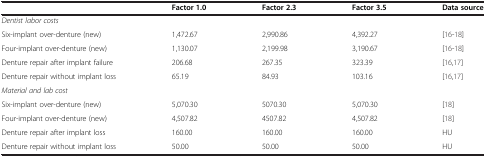
<table><thead><tr><td><b> </b></td><td><b>Factor 1.0</b></td><td><b>Factor 2.3</b></td><td><b>Factor 3.5</b></td><td><b>Data source</b></td></tr></thead><tbody><tr><td><i>Dentist labor costs</i></td><td> </td><td> </td><td> </td><td> </td></tr><tr><td>Six-implant over-denture (new)</td><td>1,472.67</td><td>2,990.86</td><td>4,392.27</td><td>[16-18]</td></tr><tr><td>Four-implant over-denture (new)</td><td>1,130.07</td><td>2,199.98</td><td>3,190.67</td><td>[16-18]</td></tr><tr><td>Denture repair after implant failure</td><td>206.68</td><td>267.35</td><td>323.39</td><td>[16,17]</td></tr><tr><td>Denture repair without implant loss</td><td>65.19</td><td>84.93</td><td>103.16</td><td>[16,17]</td></tr><tr><td><i>Material and lab cost</i></td><td> </td><td> </td><td> </td><td> </td></tr><tr><td>Six-implant over-denture (new)</td><td>5,070.30</td><td>5070.30</td><td>5,070.30</td><td>[18]</td></tr><tr><td>Four-implant over-denture (new)</td><td>4,507.82</td><td>4507.82</td><td>4,507.82</td><td>[18]</td></tr><tr><td>Denture repair after implant loss</td><td>160.00</td><td>160.00</td><td>160.00</td><td>HU</td></tr><tr><td>Denture repair without implant loss</td><td>50.00</td><td>50.00</td><td>50.00</td><td>HU</td></tr></tbody></table>